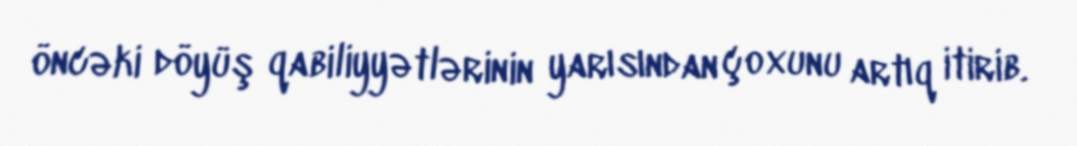
öncəki döyüş qabiliyyətlərinin yarısından çoxunu artıq itirib.